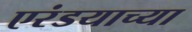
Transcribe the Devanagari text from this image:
एरंडयाच्या